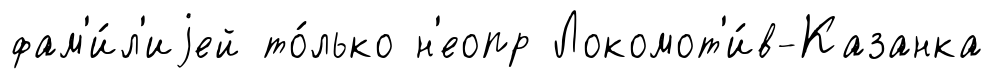
фам'и́л'иjей то́лько н'еопр Локомот'и́в-Казанка